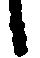
候